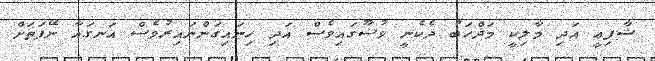
ޝާފިޢީ އަދި މާލިކީ މަޛްހަބު ދެކެނީ ވުޟޫގައިވެސް އަދި ހިނައިގަންނައިރުވެސް އަނގައާ ނޭފަތަށް